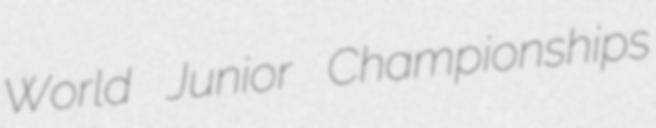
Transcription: World Junior Championships